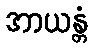
အာယန္တံ